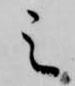
之